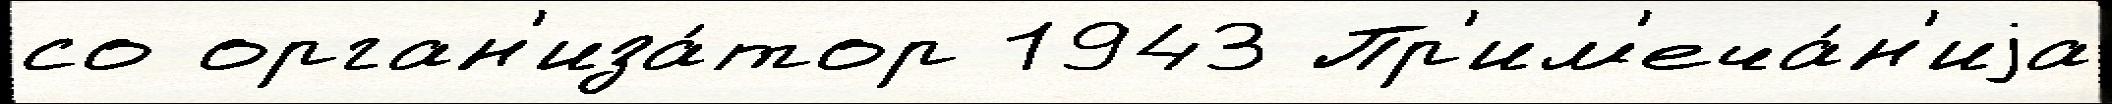
со орган'иза́тор 1943 Пр'им'еча́н'иjа